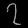
Digit: ၇